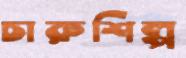
চারুশিল্প